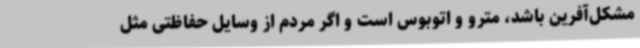
مشکل‌آفرین باشد، مترو و اتوبوس است و اگر مردم از وسایل حفاظتی مثل